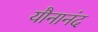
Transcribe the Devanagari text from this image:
यौनानंद